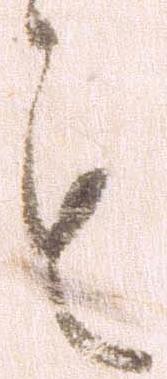
も